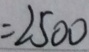
= 2 5 0 0